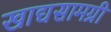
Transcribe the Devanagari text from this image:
खाद्यसामग्री